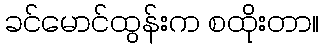
ခင်မောင်ထွန်းက စထိုးတာ။